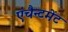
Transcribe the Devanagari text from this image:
एंचैन्टमेंट